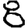
Digit: 8